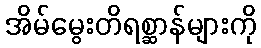
အိမ်မွေးတိရစ္ဆာန်များကို